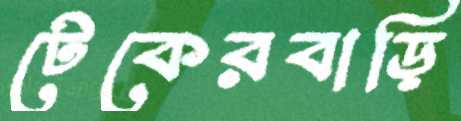
টেকেরবাড়ি